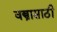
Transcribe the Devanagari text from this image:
वस्त्रासाठी